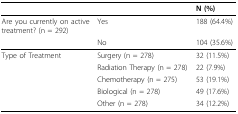
<table><thead><tr><td></td><td></td><td><b>N (%)</b></td></tr></thead><tbody><tr><td>Are you currently on active treatment? (n = 292)</td><td>Yes</td><td>188 (64.4%)</td></tr><tr><td></td><td>No</td><td>104 (35.6%)</td></tr><tr><td>Type of Treatment</td><td>Surgery (n = 278)</td><td>32 (11.5%)</td></tr><tr><td></td><td>Radiation Therapy (n = 278)</td><td>22 (7.9%)</td></tr><tr><td></td><td>Chemotherapy (n = 275)</td><td>53 (19.1%)</td></tr><tr><td></td><td>Biological (n = 278)</td><td>49 (17.6%)</td></tr><tr><td></td><td>Other (n = 278)</td><td>34 (12.2%)</td></tr></tbody></table>